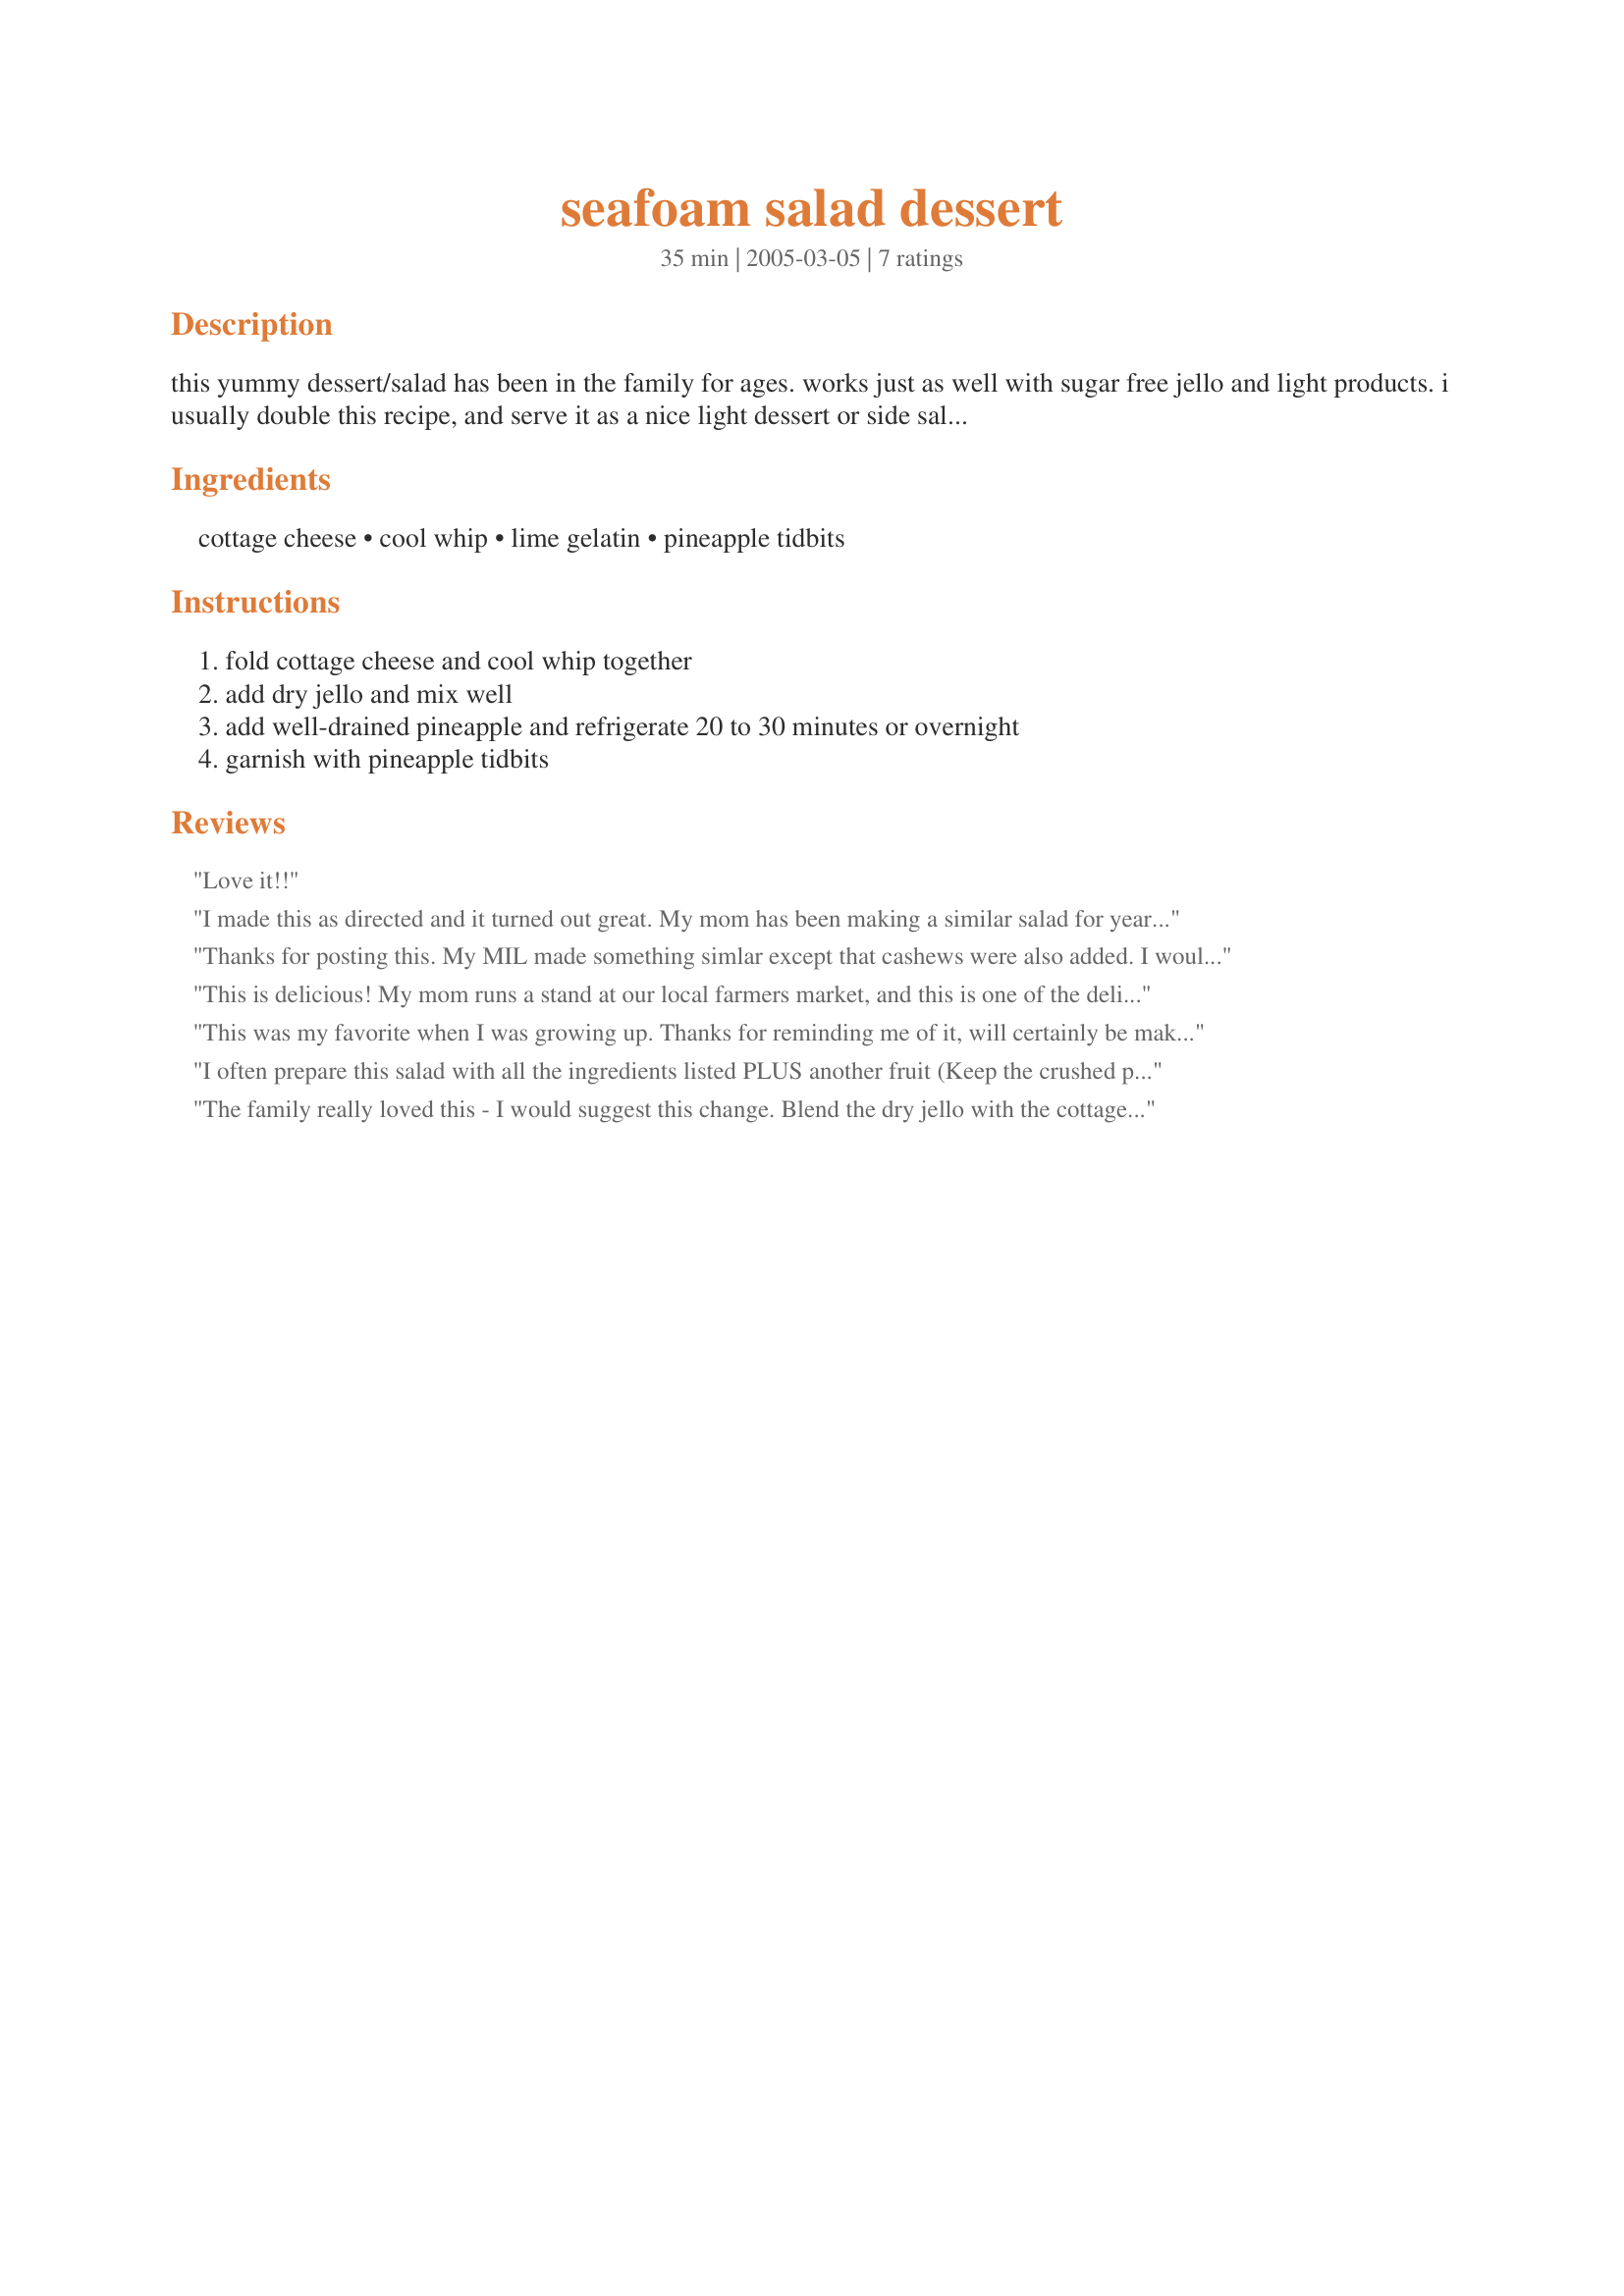
seafoam salad dessert
Preparation time: 35 minutes

this yummy dessert/salad has been in the family for ages. works just as well with sugar free jello and light products. i usually double this recipe, and serve it as a nice light dessert or side salad whenever the weather warms. great for potlucks! enjoy! note: cook time is chill time.

Ingredients:
cottage cheese, cool whip, lime gelatin, pineapple tidbits

Steps:
fold cottage cheese and cool whip together, add dry jello and mix well, add well-drained pineapple and refrigerate 20 to 30 minutes or overnight, garnish with pineapple tidbits

Reviews:
Love it!!
I made this as directed and it turned out great. My mom has been making a similar salad for years which my DD refers to as "green stuff". Not sure what mom's recipe is but this is darn close - if not better. Thanks for sharing.
Thanks for posting this. My MIL made something simlar except that cashews were also added. I wouldn't say it is my favorite since I am not a big lime fan but I was given some lime jello to use up recently and was happy to find this recipe in order to make the dish.
This is delicious! My mom runs a stand at our local farmers market, and this is one of the deli salad items sold; it's my favorite dessert salad (they call it "Fluff"). She also uses orange jello/mandarin oranges, cherry jello/pieces of jarred, drained, chopped cherries. The texture of the cottage cheese will go un-noticed as it's very well masked by the Cool Whip; very creamy and fluffy.
This was my favorite when I was growing up. Thanks for reminding me of it, will certainly be making it alot.
I often prepare this salad with all the ingredients listed PLUS another fruit (Keep the crushed pineapple). The first time I tasted it, it was made with orange jello &amp; Mandarin oranges. Also yummy with strawberry jello &amp; strawberries. The possibilities are endless! Just be sure to drain the fruit first! It&#039;s so quick &amp; easy on a hot summer day.
The family really loved this - I would suggest this change. Blend the dry jello with the cottage cheese first, THEN add other ingredients. Addition May 2009 - I added 2 cups of mini-marshmallows and I think I like it even more!
